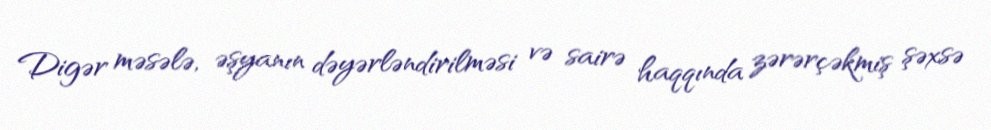
Digər məsələ, əşyanın dəyərləndirilməsi və sairə haqqında zərərçəkmiş şəxsə